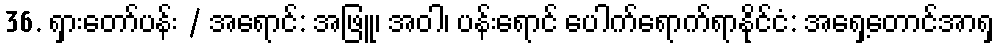
36. ရှားတော်ပန်း / အရောင်: အဖြူ၊ အဝါ၊ ပန်းရောင် ပေါက်ရောက်ရာနိုင်ငံ: အရှေ့တောင်အာရှ